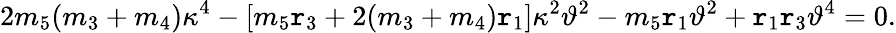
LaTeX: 2m_{5}(m_{3}+m_{4})\kappa^{4}-[m_{5}\mathtt{r}_{3}+2(m_{3}+m_{4})\mathtt{r}_{1}]\kappa^{2}\vartheta^{2}-m_{5}\mathtt{r}_{1}\vartheta^{2}+\mathtt{r}_{1}\mathtt{r}_{3}\vartheta^{4}=0.